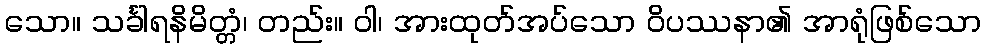
သော။ သင်္ခါရနိမိတ္တံ၊ တည်း။ ဝါ၊ အားထုတ်အပ်သော ဝိပဿနာ၏ အာရုံဖြစ်သော